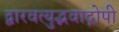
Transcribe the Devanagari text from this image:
द्वारवत्युद्भवाद्गोपी